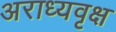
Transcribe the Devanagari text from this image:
अराध्यवृक्ष